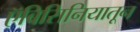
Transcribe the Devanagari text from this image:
ऍबिसिनियातून